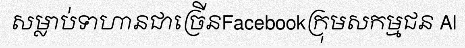
សម្លាប់ទាហានជាច្រើនFacebookក្រុមសកម្មជន Al